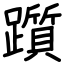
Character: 躓